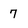
Character: 7